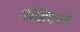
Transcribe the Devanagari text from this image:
मोहिंदरने